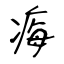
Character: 痗